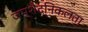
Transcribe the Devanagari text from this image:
जम्‍शैदनिकलता